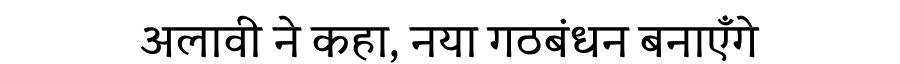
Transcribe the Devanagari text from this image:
अलावी ने कहा, नया गठबंधन बनाएँगे